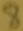
Text: 8